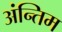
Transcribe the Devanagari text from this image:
अंन्तिम